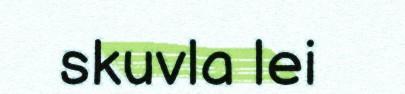
skuvla lei